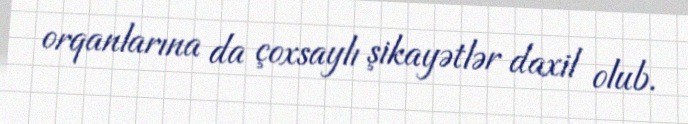
orqanlarına da çoxsaylı şikayətlər daxil olub.